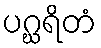
ပဂ္ဃရိတံ